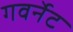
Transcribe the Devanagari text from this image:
गवर्नेट